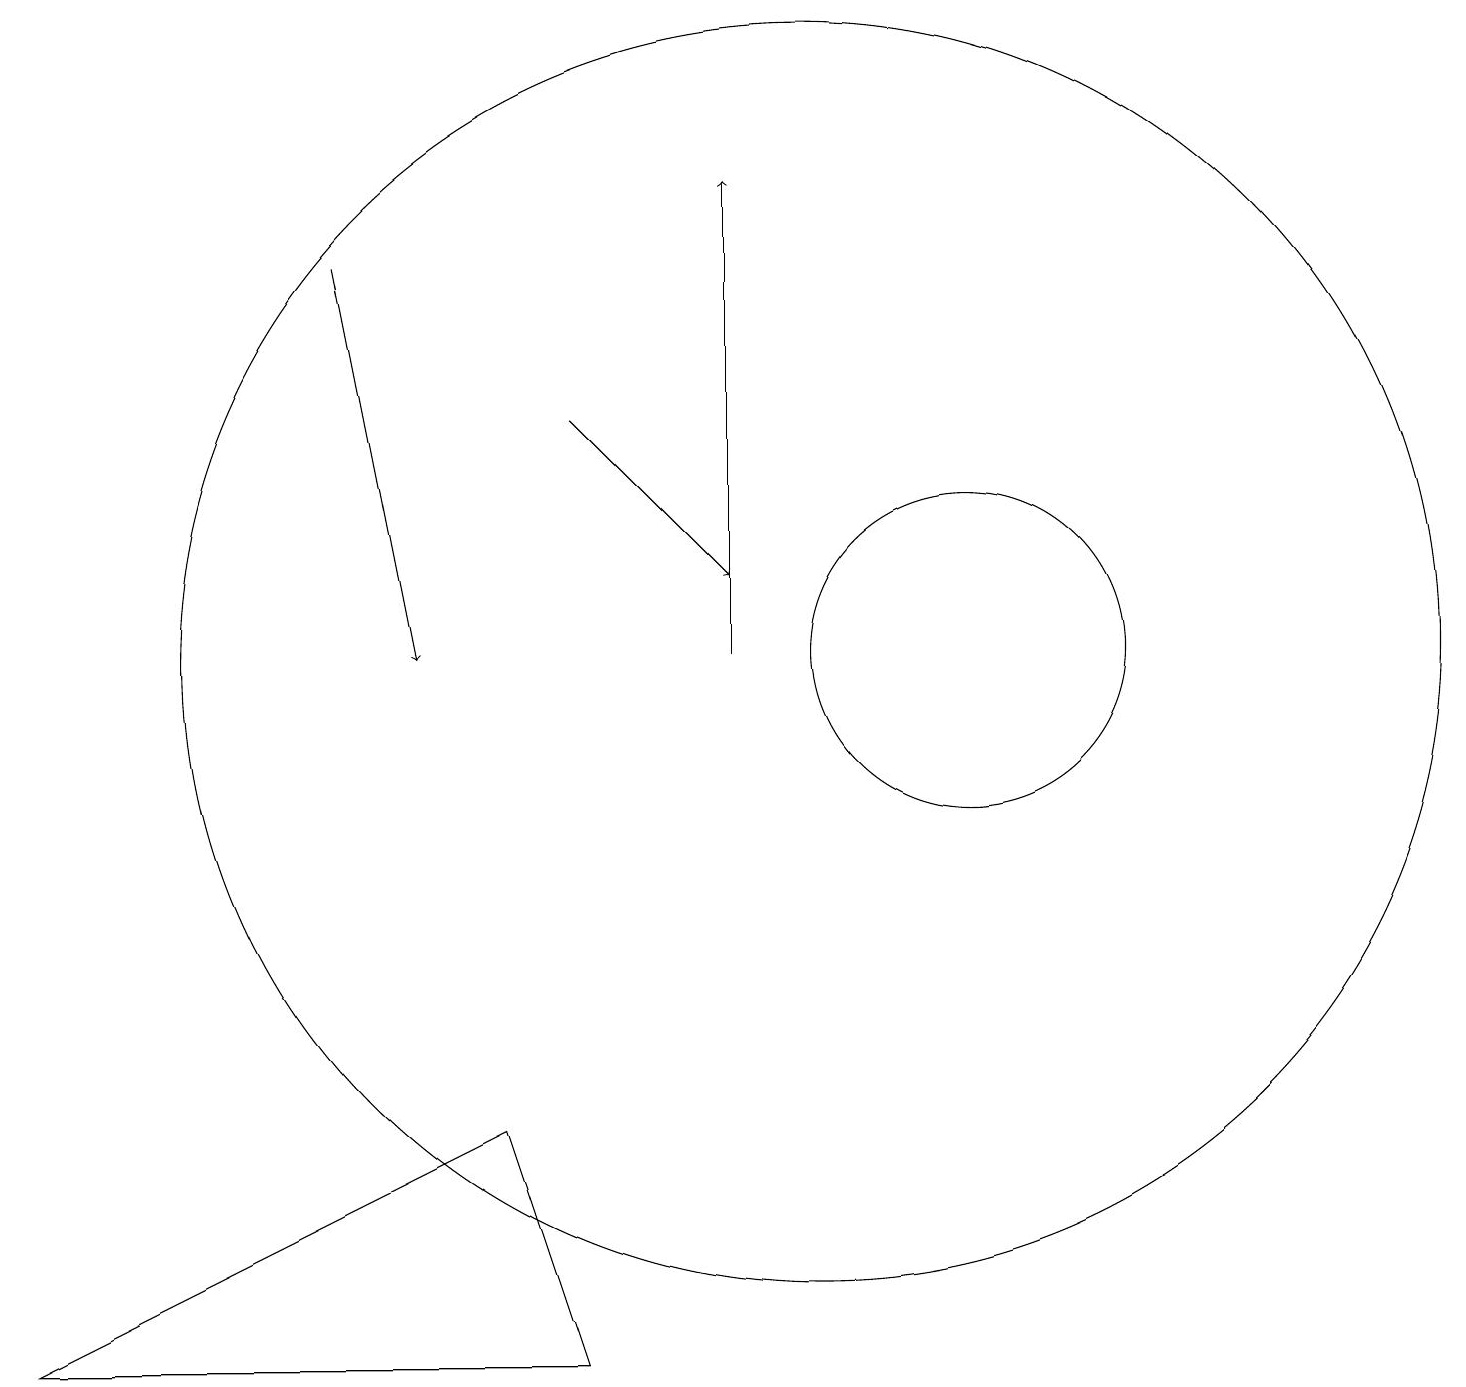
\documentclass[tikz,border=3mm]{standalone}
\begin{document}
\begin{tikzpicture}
\draw (10,11) circle (8);
\draw[->] (9,11) -- (9,17);
\draw (12,11) circle (2);
\draw[->] (7,14) -- (9,12);
\draw[->] (4,16) -- (5,11);
\draw (7,2) -- (0,2) -- (6,5) -- cycle;
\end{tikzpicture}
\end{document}